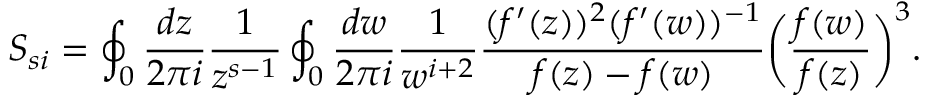
S _ { s i } = \oint _ { 0 } { \frac { d z } { 2 \pi i } } { \frac { 1 } { z ^ { s - 1 } } } \oint _ { 0 } { \frac { d w } { 2 \pi i } } { \frac { 1 } { w ^ { i + 2 } } } { \frac { ( f ^ { \prime } ( z ) ) ^ { 2 } ( f ^ { \prime } ( w ) ) ^ { - 1 } } { f ( z ) - f ( w ) } } \biggl ( { \frac { f ( w ) } { f ( z ) } } \biggr ) ^ { 3 } .